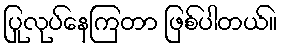
ပြုလုပ်နေကြတာ ဖြစ်ပါတယ်။